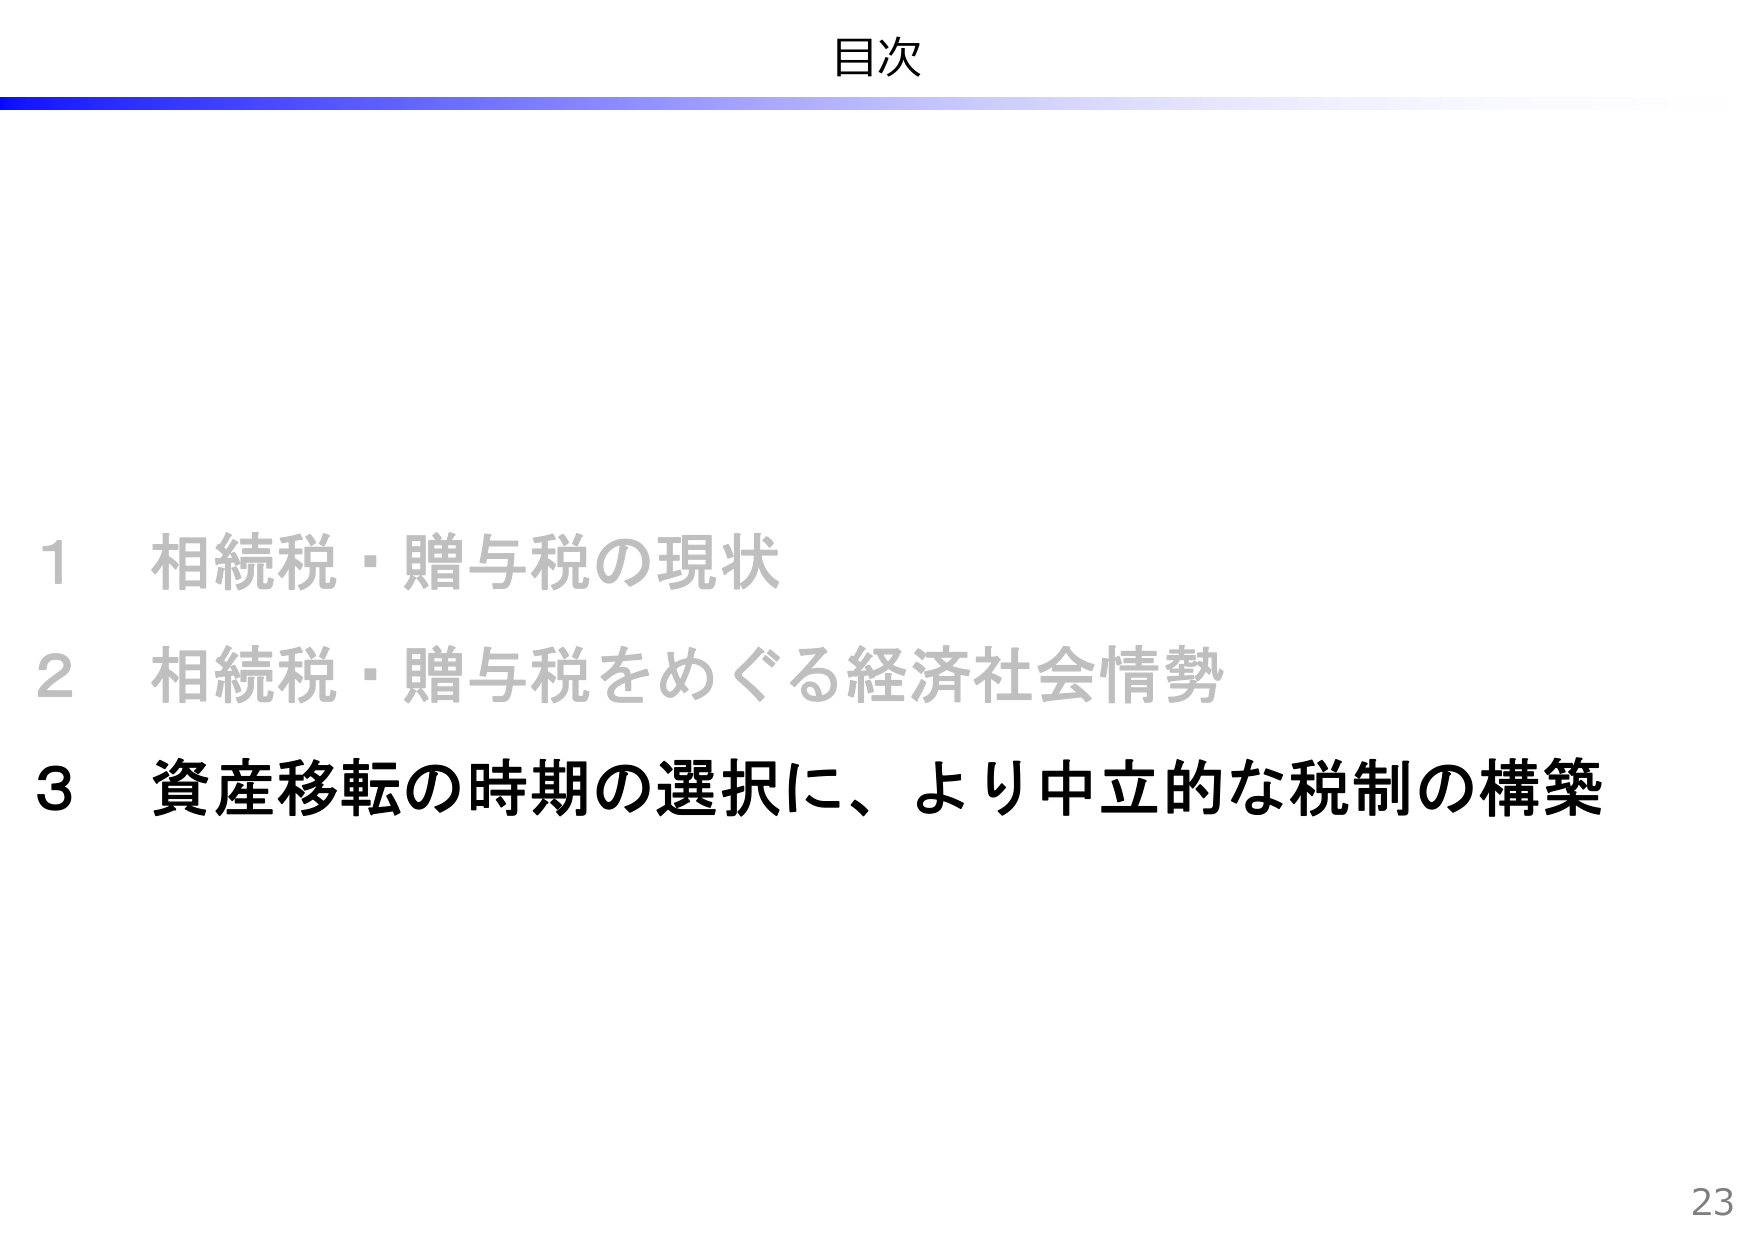
目次

1 相続税・贈与税の現状
2 相続税・贈与税をめぐる経済社会情勢
3 資産移転の時期の選択に、より中立的な税制の構築

23